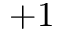
+ 1